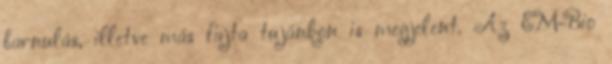
barnulás, illetve más fajta tujánkon is megjelent. Az EM-Bio